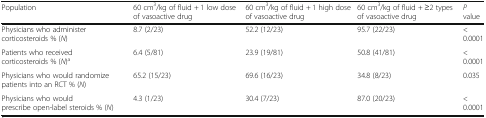
<table><thead><tr><td><b>Population</b></td><td><b>60 cm<sup>3</sup>/kg of fluid + 1 low dose of vasoactive drug</b></td><td><b>60 cm<sup>3</sup>/kg of fluid + 1 high dose of vasoactive drug</b></td><td><b>60 cm<sup>3</sup>/kg of fluid + ≥2 types of vasoactive drug</b></td><td><b><i>P</i> value</b></td></tr></thead><tbody><tr><td>Physicians who administer corticosteroids % (<i>N</i>)</td><td>8.7 (2/23)</td><td>52.2 (12/23)</td><td>95.7 (22/23)</td><td>&lt; 0.0001</td></tr><tr><td>Patients who received corticosteroids % (<i>N</i>)<sup>a</sup></td><td>6.4 (5/81)</td><td>23.9 (19/81)</td><td>50.8 (41/81)</td><td>&lt;0.0001</td></tr><tr><td>Physicians who would randomize patients into an RCT % (<i>N</i>)</td><td>65.2 (15/23)</td><td>69.6 (16/23)</td><td>34.8 (8/23)</td><td>0.035</td></tr><tr><td>Physicians who would prescribe open-label steroids % (<i>N</i>)</td><td>4.3 (1/23)</td><td>30.4 (7/23)</td><td>87.0 (20/23)</td><td>&lt; 0.0001</td></tr></tbody></table>